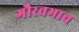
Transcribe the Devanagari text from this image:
गौरवभाव